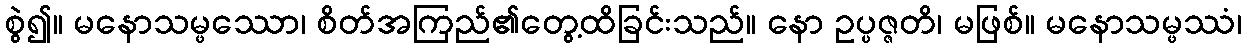
စွဲ၍။ မနောသမ္ဖဿော၊ စိတ်အကြည်၏တွေ့ထိခြင်းသည်။ နော ဥပ္ပဇ္ဇတိ၊ မဖြစ်။ မနောသမ္ဖဿံ၊